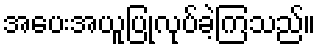
အပေးအယူပြုလုပ်ခဲ့ကြသည်။